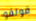
فولفو